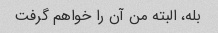
بله، البته من آن را خواهم گرفت